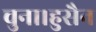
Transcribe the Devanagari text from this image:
चुना।हुसैन